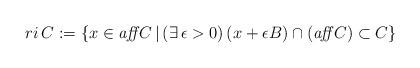
LaTeX: \begin{align*} ri\,C:=\{x\in \textit{aff}\,C\,|\,(\exists\,\epsilon>0)\,(x+\epsilon B)\cap(\textit{aff}\,C)\subset C\} \end{align*}